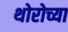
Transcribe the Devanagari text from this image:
थोरोच्या